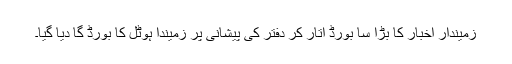
زمیندار اخبار کا بڑا سا بورڈ اتار کر دفتر کی پیشانی پر زمیندا ہوٹل کا بورڈ گا دیا گیا۔